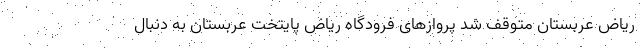
ریاض عربستان متوقف شد پروازهای فرودگاه ریاض پایتخت عربستان به دنبال